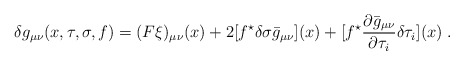
\begin{align*}\delta g_{\mu\nu} (x,\tau,\sigma,f) = (F \xi)_{\mu\nu}(x) + 2 [f^{\star} \delta \sigma \bar{g}_{\mu\nu}](x) + [f^{\star} \frac{\partial \bar{g}_{\mu\nu}}{\partial \tau_{i}} \delta \tau_{i}](x) \; .\end{align*}